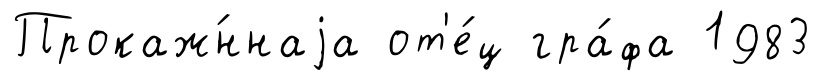
Прокаж́ннаjа от'е́ц гра́фа 1983